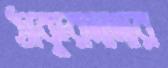
ঠাকুরদাদার